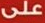
على